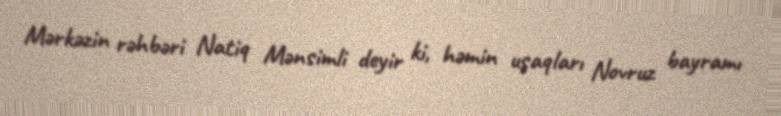
Mərkəzin rəhbəri Natiq Mənsimli deyir ki, həmin uşaqları Novruz bayramı